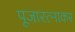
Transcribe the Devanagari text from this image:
पूजारत्नाकर